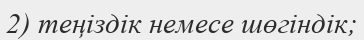
2) теңіздік немесе шөгіндік;